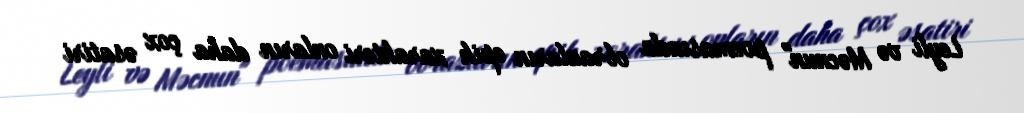
Leyli və Məcnun" poemasında obrazların epik xarakteri onların daha çox əsatiri